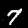
Label: 7